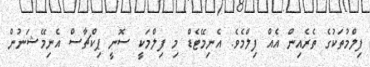
ފިލްމުތަކުގެ ތެރެއިން އެއް ފިލްމެވެ. އެނިމޭޓެޑް މި ފިލްމަކީ ސޮނީ ޕިކްޗާސް އެނިމޭޝަނުން